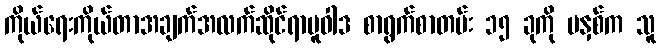
ကိုယ်ရေးကိုယ်တာအချက်အလက်ဆိုင်ရာမူဝါဒ စာရွက်စာတမ်း ၁၅ ခုကို မနှစ်က သူ